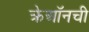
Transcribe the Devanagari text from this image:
क्रेऑनची